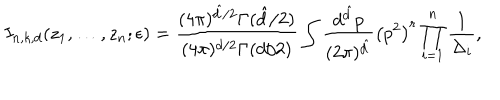
I _ { n , k , d } ( z _ { 1 } , \dots , z _ { n } ; \epsilon ) = \frac { ( 4 \pi ) ^ { \hat { d } / 2 } \Gamma ( \hat { d } / 2 ) } { ( 4 \pi ) ^ { d / 2 } \Gamma ( d / 2 ) } \int \frac { d ^ { \hat { d } } p } { ( 2 \pi ) ^ { \hat { d } } } \left( p ^ { 2 } \right) ^ { r } \prod _ { i = 1 } ^ { n } \frac { 1 } { \Delta _ { i } } ,